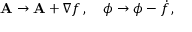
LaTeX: \mathbf { A } \rightarrow \mathbf { A } + \nabla f \, , \quad \phi \rightarrow \phi - { \dot { f } } \, ,